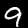
Label: 9